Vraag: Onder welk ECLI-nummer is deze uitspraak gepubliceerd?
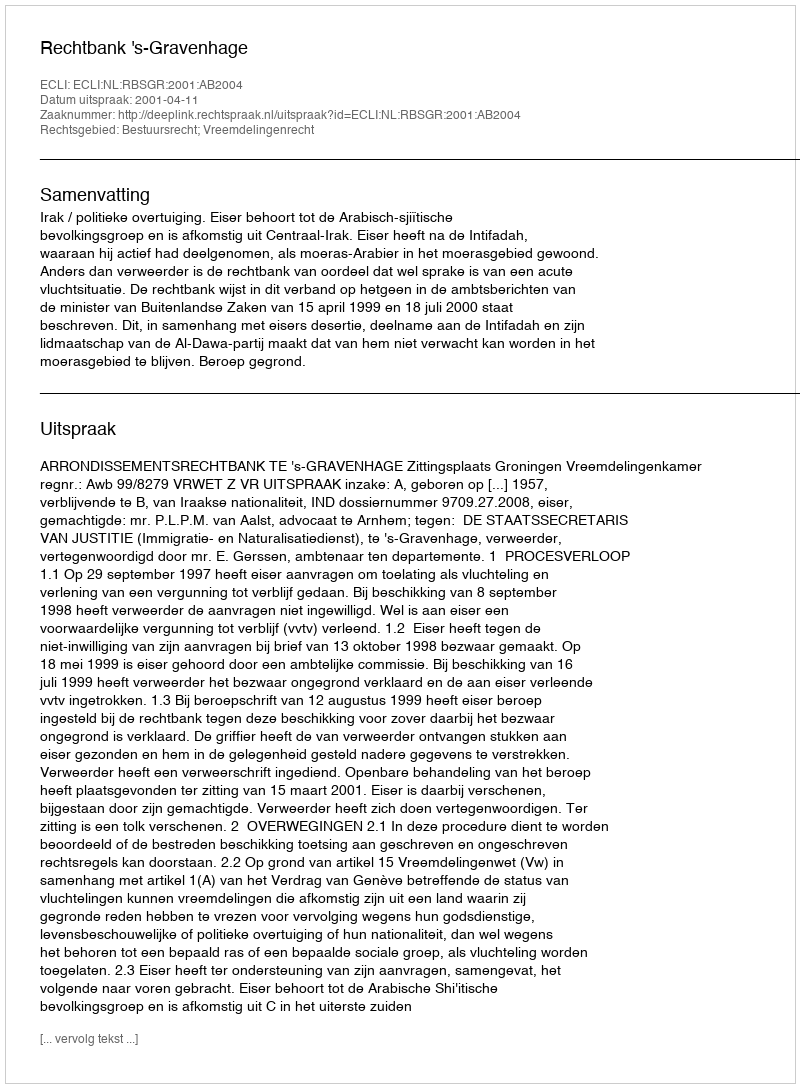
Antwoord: ECLI:NL:RBSGR:2001:AB2004